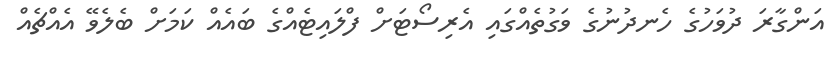
އަންގާރަ ދުވަހުގެ ހެނދުނުގެ ވަގުތެއްގައި އެރިސޯޓަށް ފްލައިޓެއްގެ ބައެއް ކަމަށް ބެލެވޭ އެއްޗެއް